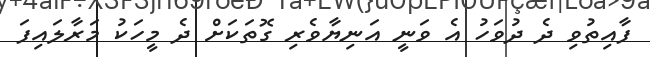
ފާއިތުވި ދެ ދުވަހު އެ ވަނީ އަނިޔާވެރި ގޮތަކަށް ދެ މީހަކު މަރާލައިފަ